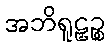
အဘိရူဠှဉ္စ